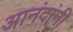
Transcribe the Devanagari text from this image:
आनंदांनी